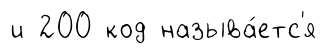
и 200 код называ́етс'я